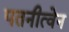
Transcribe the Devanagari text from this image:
पतनीत्वेन